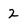
Character: 2